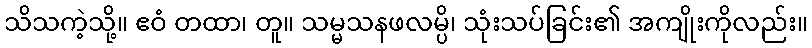
သိသကဲ့သို့။ ဧဝံ တထာ၊ တူ။ သမ္မသနဖလမ္ပိ၊ သုံးသပ်ခြင်း၏ အကျိုးကိုလည်း။